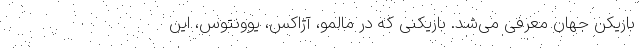
بازیکن جهان معرفی می‌شد. بازیکنی که در مالمو، آژاکس، یوونتوس، این